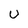
Character: U